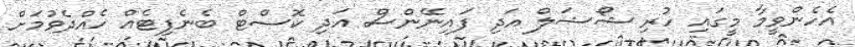
އެހެންވީމާ މީގައި ހުރި ޝޯޝަލް އަދި ފައިނޭންސް އަދި ކޮސްޓް ބެނެފިޓެއް ހެއްދެވުމަށް